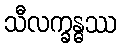
သီလက္ခန္ဓဿ